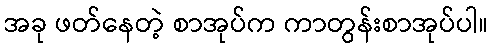
အခု ဖတ်နေတဲ့ စာအုပ်က ကာတွန်းစာအုပ်ပါ။